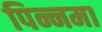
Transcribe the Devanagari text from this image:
पिन्नमा